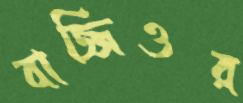
বাজ্জিওর